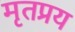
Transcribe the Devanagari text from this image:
मृतप्रय